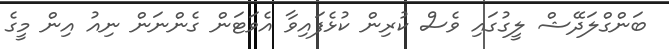
ބަންގްލަދޭޝް ލީގުގައި ވެސް ކުރިން ކުޅެފައިވާ އެވަޓަން ގެންނަން ނިއު އިން މީގެ